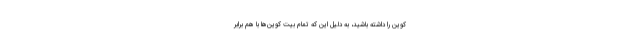
کوین را داشته باشید، به دلیل این که تمام بیت کوین‌ها با هم برابر